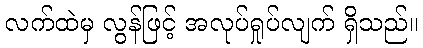
လက်ထဲမှ လွန်ဖြင့် အလုပ်ရှုပ်လျက် ရှိသည်။